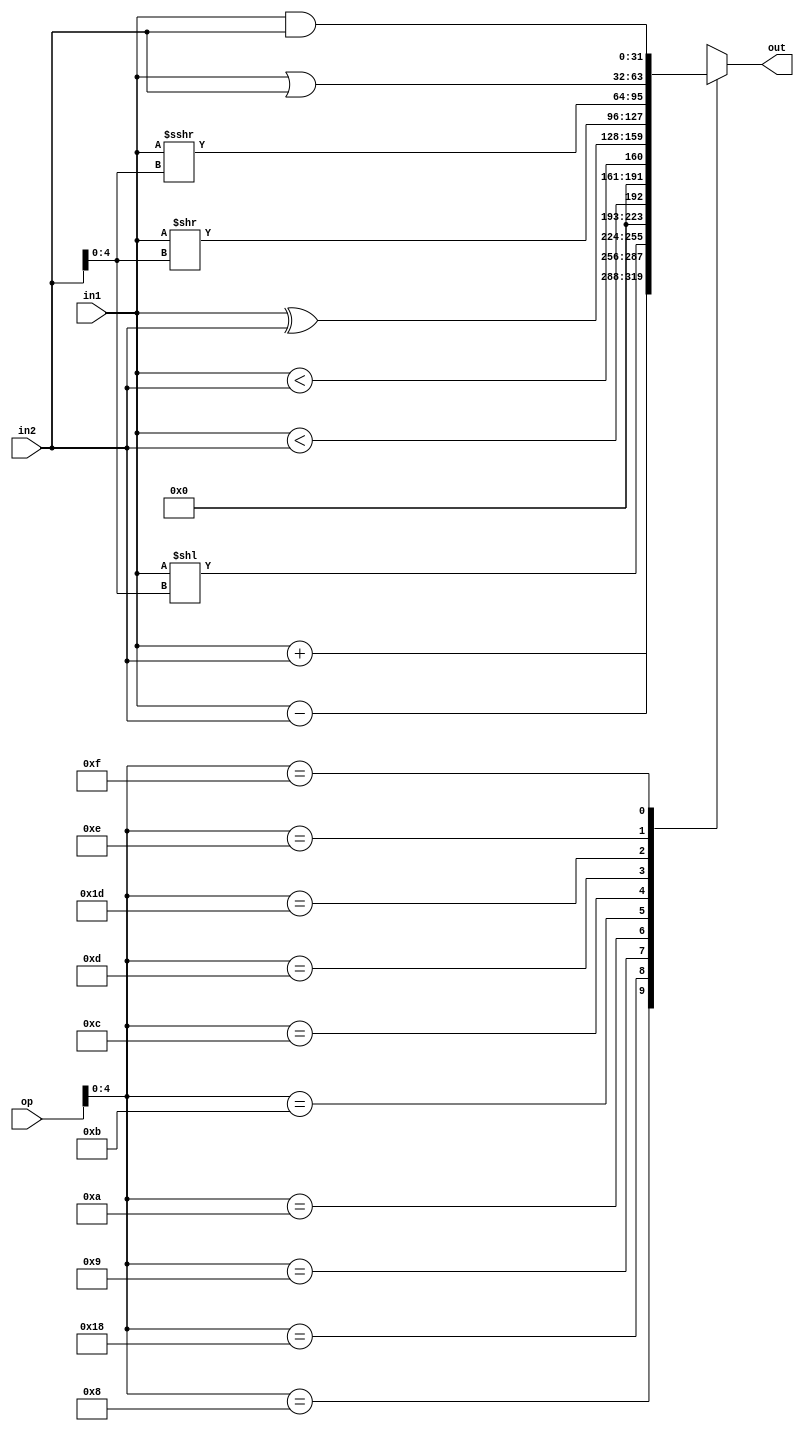
//Description : implementation of ALU block

module alu(op,in1,in2,out);

  //defining input-output ports
  input [5:0] op;       // 6-bit alu op code
  input [31:0] in1;     // First operand
  input [31:0] in2;     // Second operand
  output [31:0] out;    // Output value

  reg [31:0] out_r;

  assign out = out_r;

  always @(*)
    begin
      case (op[4:0])
        5'b01000 : out_r = in1 + in2;           // ADD, ADDI
        5'b11000 : out_r = in1 - in2;           // SUB
        5'b01001 : out_r = {in1 << {in2[4:0]}}; // SLL, SLLI
        5'b01010 : out_r = {{31{1'b0}}, ($signed(in1) < $signed(in2))}; // SLT, SLTI
        5'b01011 : out_r = {31'b0, (in1<in2)};  // SLTU, SLTIU
        5'b01100 : out_r = in1 ^ in2;           // XOR, XORI
        5'b01101 : out_r = {in1 >> {in2[4:0]}}; // SRL, SRLI
        5'b11101 : out_r = {in1 >>> {in2[4:0]}};// SRA, SRAI
        5'b01110 : out_r = in1 | in2;           // OR, ORI
        5'b01111 : out_r = in1 & in2;           // AND, ANDI
        default : out_r = 32'bx;                // invalid opcode -> O/P to unknown state
      endcase
    end
endmodule